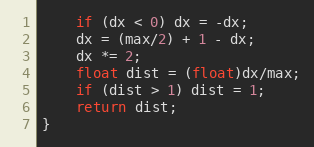
Language: C
    if (dx < 0) dx = -dx;
    dx = (max/2) + 1 - dx;
    dx *= 2;
    float dist = (float)dx/max;
    if (dist > 1) dist = 1;
    return dist;
}